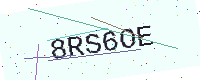
Text: 8RS6OE